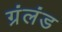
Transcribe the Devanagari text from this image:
ग्रंलंड